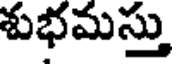
శుభమస్తు